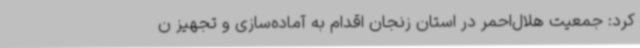
کرد: جمعیت هلال‌احمر در استان زنجان اقدام به آماده‌سازی و تجهیز ن